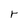
Character: r